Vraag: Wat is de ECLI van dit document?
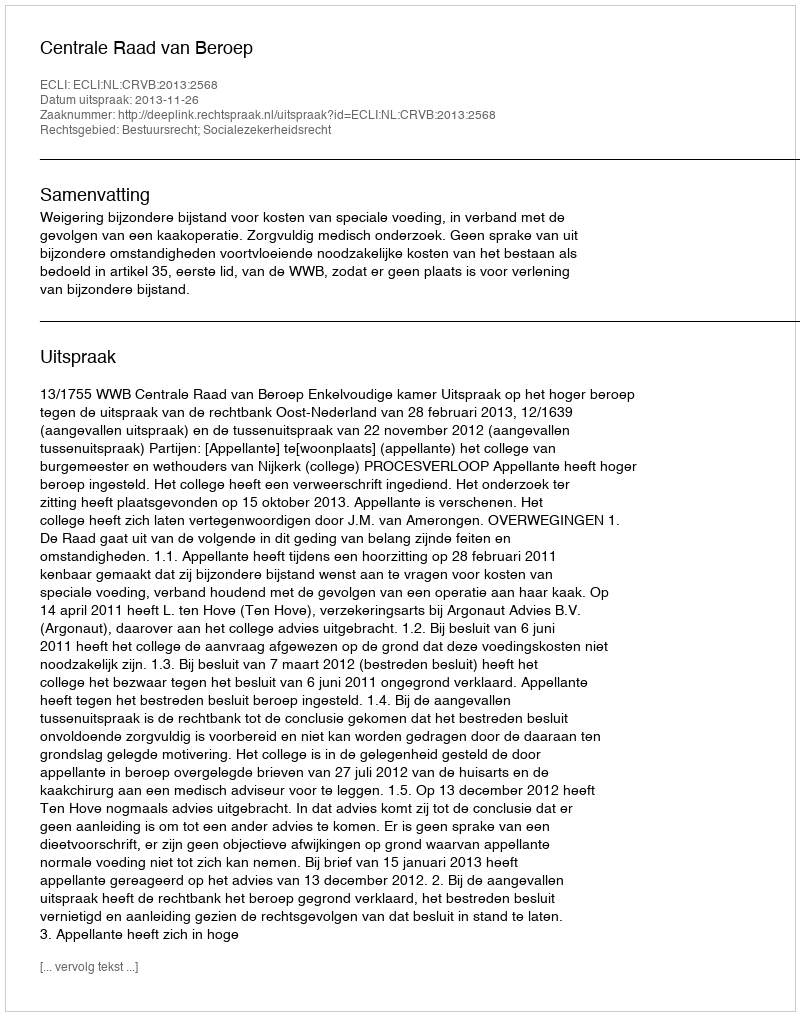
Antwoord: ECLI:NL:CRVB:2013:2568